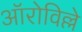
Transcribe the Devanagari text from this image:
ऑरोविल्ले